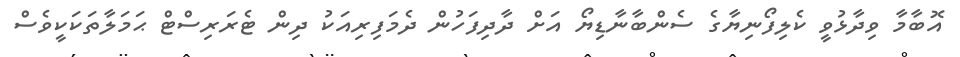
އޮބާމާ ވިދާޅުވީ ކެލިފޯނިޔާގެ ސެންބާނާޑިޔޯ އަށް ދާދިފަހުން ދެމަފިރިއަކު ދިން ޓެރަރިސްޓް ޙަމަލާތަކަކީވެސް